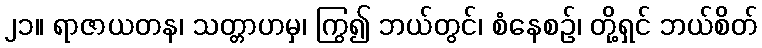
၂၁။ ရာဇာယတန၊ သတ္တာဟမှ၊ ကြွ၍ ဘယ်တွင်၊ စံနေစဉ်၊ တို့ရှင် ဘယ်စိတ်